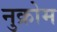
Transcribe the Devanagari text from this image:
नुक्रोम